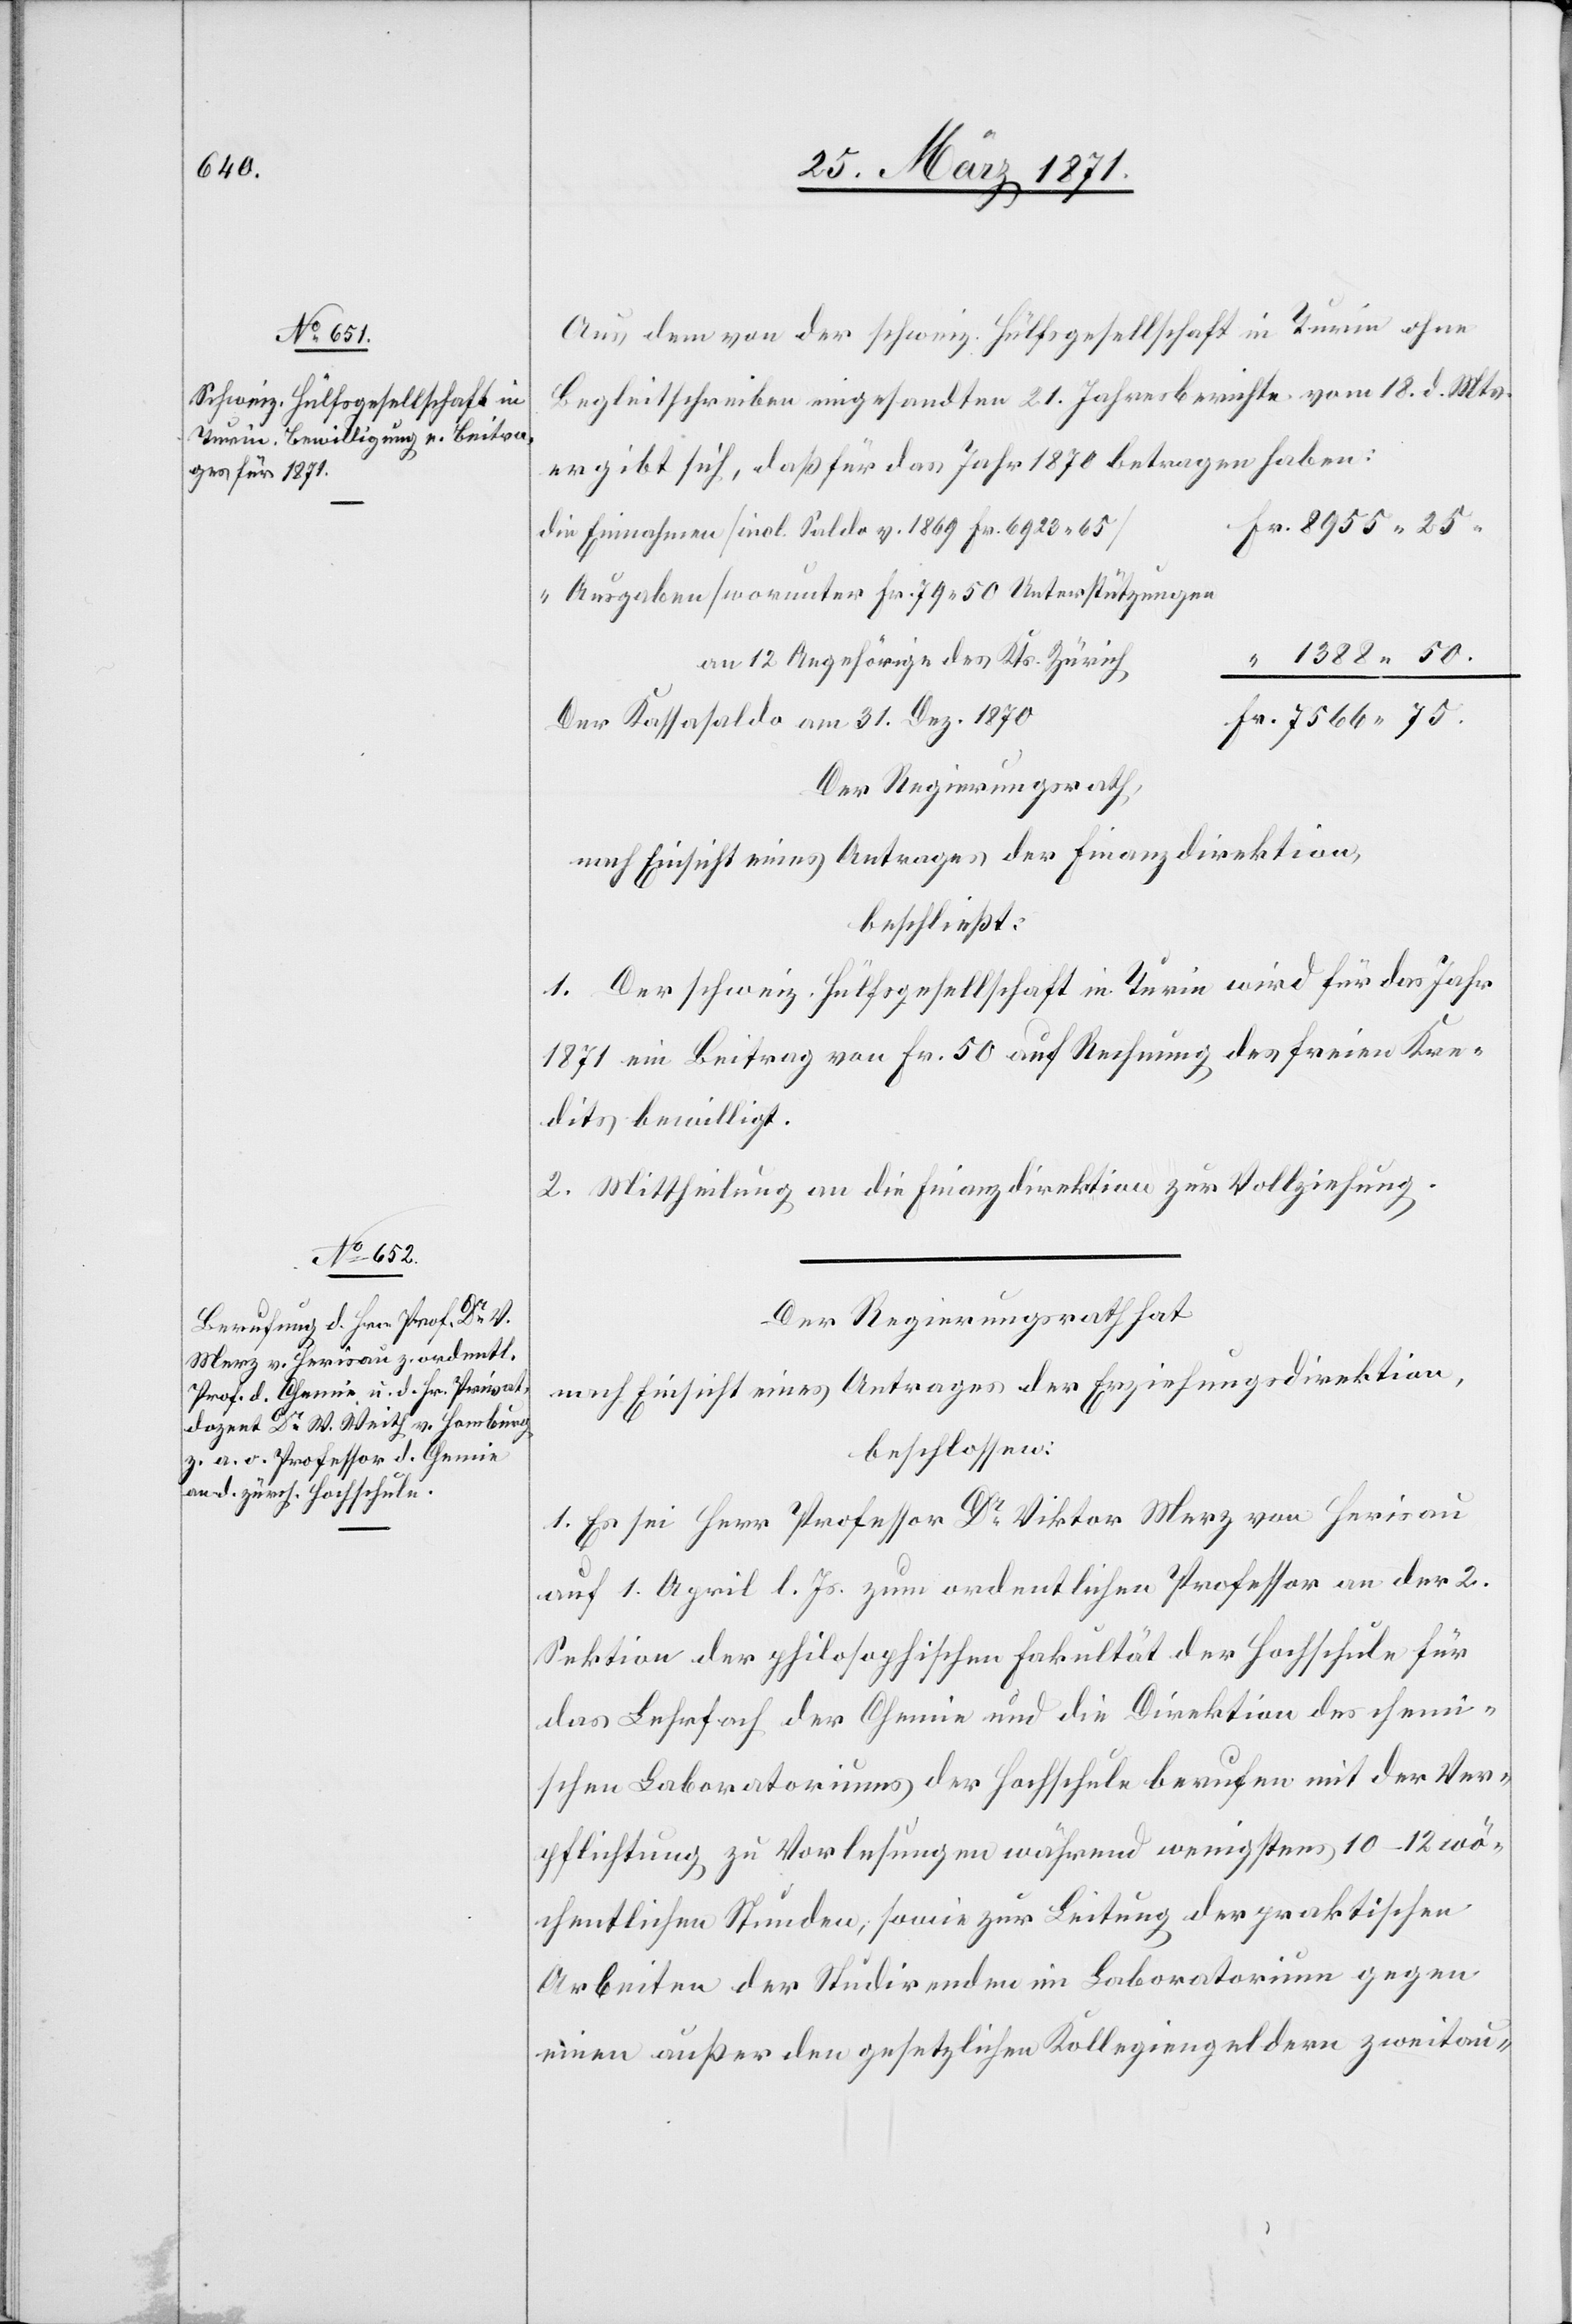
Aus dem von der schweiz. Hülfsgesellschaft in Turin ohne
Begleitschreiben eingesandten 21. Jahresberichte vom 18. d. Mts.
ergibt sich, daß für das Jahr 1870 betragen haben:
Fr. 8955.25.
die Einnahmen [incl. Saldo v. 1869 Fr. 6923.65]
“ Ausgaben [worunter Fr. 79.50 Unterstützungen
“ 1388.50.
Der Kassasaldo am 31. Dez. 1870
Fr. 7566.75.
Der Regierungsrath,
nach Einsicht eines Antrages der Finanzdirektion,
beschließt:
1. Der schweiz. Hülfsgesellschaft in Turin wird für das Jahr
1871 ein Beitrag von Fr. 50 auf Rechnung des freien Kre¬
dits bewilligt.
2. Mittheilung an die Finanzdirektion zur Vollziehung.
Der Regierungsrath hat
nach Einsicht eines Antrages der Erziehungsdirektion,
beschlossen:
1. Es sei Herr Professor Dr Viktor Merz von Herisau
auf 1. April l. Js. zum ordentlichen Professor an der 2.
Sektion der philosophischen Fakultät der Hochschule für
das Lehrfach der Chemie und die Direktion des chemi¬
schen Laboratoriums der Hochschule berufen mit der Ver¬
pflichtung zu Vorlesungen während wenigstens 10–12 wö¬
chentlichen Stunden, sowie zur Leitung der praktischen
Arbeiten der Studirenden im Laboratorium gegen
einen außer den gesetzlichen Kollegiengeldern zweitau-